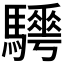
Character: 𩦰